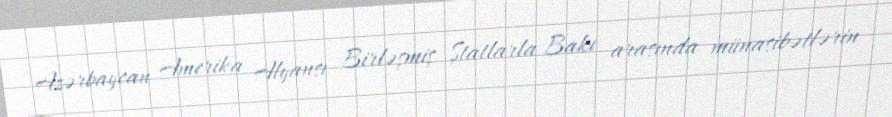
Azərbaycan Amerika Alyansı Birləşmiş Ştatlarla Bakı arasında münasibətlərin